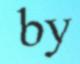
by